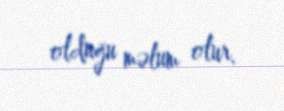
olduğu məlum olur.